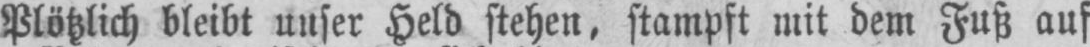
Plötzlich bleibt unser Held stehen, stampft mit dem Fuß auf